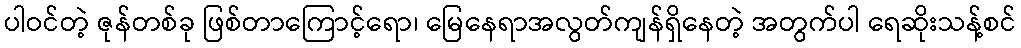
ပါဝင်တဲ့ ဇုန်တစ်ခု ဖြစ်တာကြောင့်ရော၊ မြေနေရာအလွတ်ကျန်ရှိနေတဲ့ အတွက်ပါ ရေဆိုးသန့်စင်